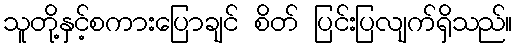
သူတို့နှင့်စကားပြောချင် စိတ် ပြင်းပြလျက်ရှိသည်။